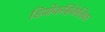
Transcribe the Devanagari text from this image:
डियोकसिकेलिक